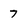
Character: 7